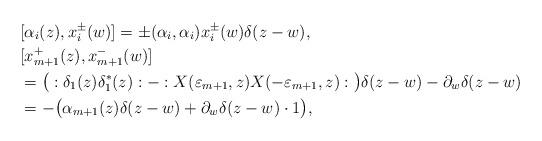
LaTeX: \begin{align*}&[\alpha_{i}(z),x_{i}^{\pm}(w)]=\pm(\alpha_{i},\alpha_{i})x_{i}^{\pm}(w)\delta(z-w),\\&[x_{m+1}^{+}(z),x_{m+1}^{-}(w)]\\&=\big(:\delta_{1}(z)\delta_{1}^{*}(z):-:X(\varepsilon_{m+1},z)X(-\varepsilon_{m+1},z):\big)\delta(z-w)-\partial_{w}\delta(z-w)\\&=-\big(\alpha_{m+1}(z)\delta(z-w)+\partial_{w}\delta(z-w)\cdot1\big),\end{align*}